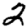
Digit: 2